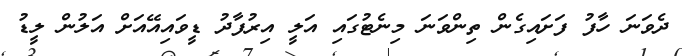
ދެވަނަ ހާފު ފަށައިގެން ތިންވަނަ މިނެޓުގައި އަލީ އިރުފާދު ޑީވައިއޭއަށް އަލުން ލީޑު